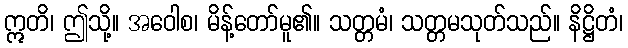
ဣတိ၊ ဤသို့။ အဝေါစ၊ မိန့်တော်မူ၏။ သတ္တမံ၊ သတ္တမသုတ်သည်။ နိဋ္ဌိတံ၊